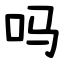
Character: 吗